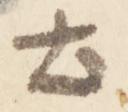
土